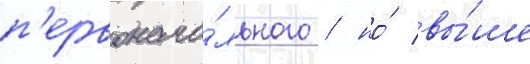
п'ервонача́льного / но́ вы́ше